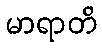
မာရာတိ